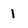
Character: 1